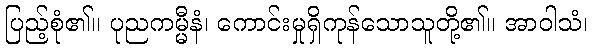
ပြည့်စုံ၏။ ပုညကမ္မီနံ၊ ကောင်းမှုရှိကုန်သောသူတို့၏။ အာဝါသံ၊